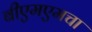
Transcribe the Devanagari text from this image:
बीएमएमचा